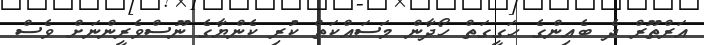
އަރްތޫރް ދެ ބެއިންގެ ހަގީގަތް ހޯދާން މަސައްކަތް ކުރި ކެންޔާގެ ނޫސްވެރީންނަށް ވެސް